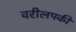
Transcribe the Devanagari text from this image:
वरीलपकी